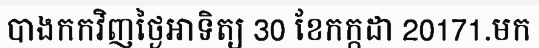
បាងកកវិញថ្ងៃអាទិត្យ 30 ខែកក្កដា 20171.មក